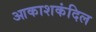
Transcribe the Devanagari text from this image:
आकाशकंदिल